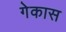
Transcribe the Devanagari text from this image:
गेकास